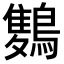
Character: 𪅥